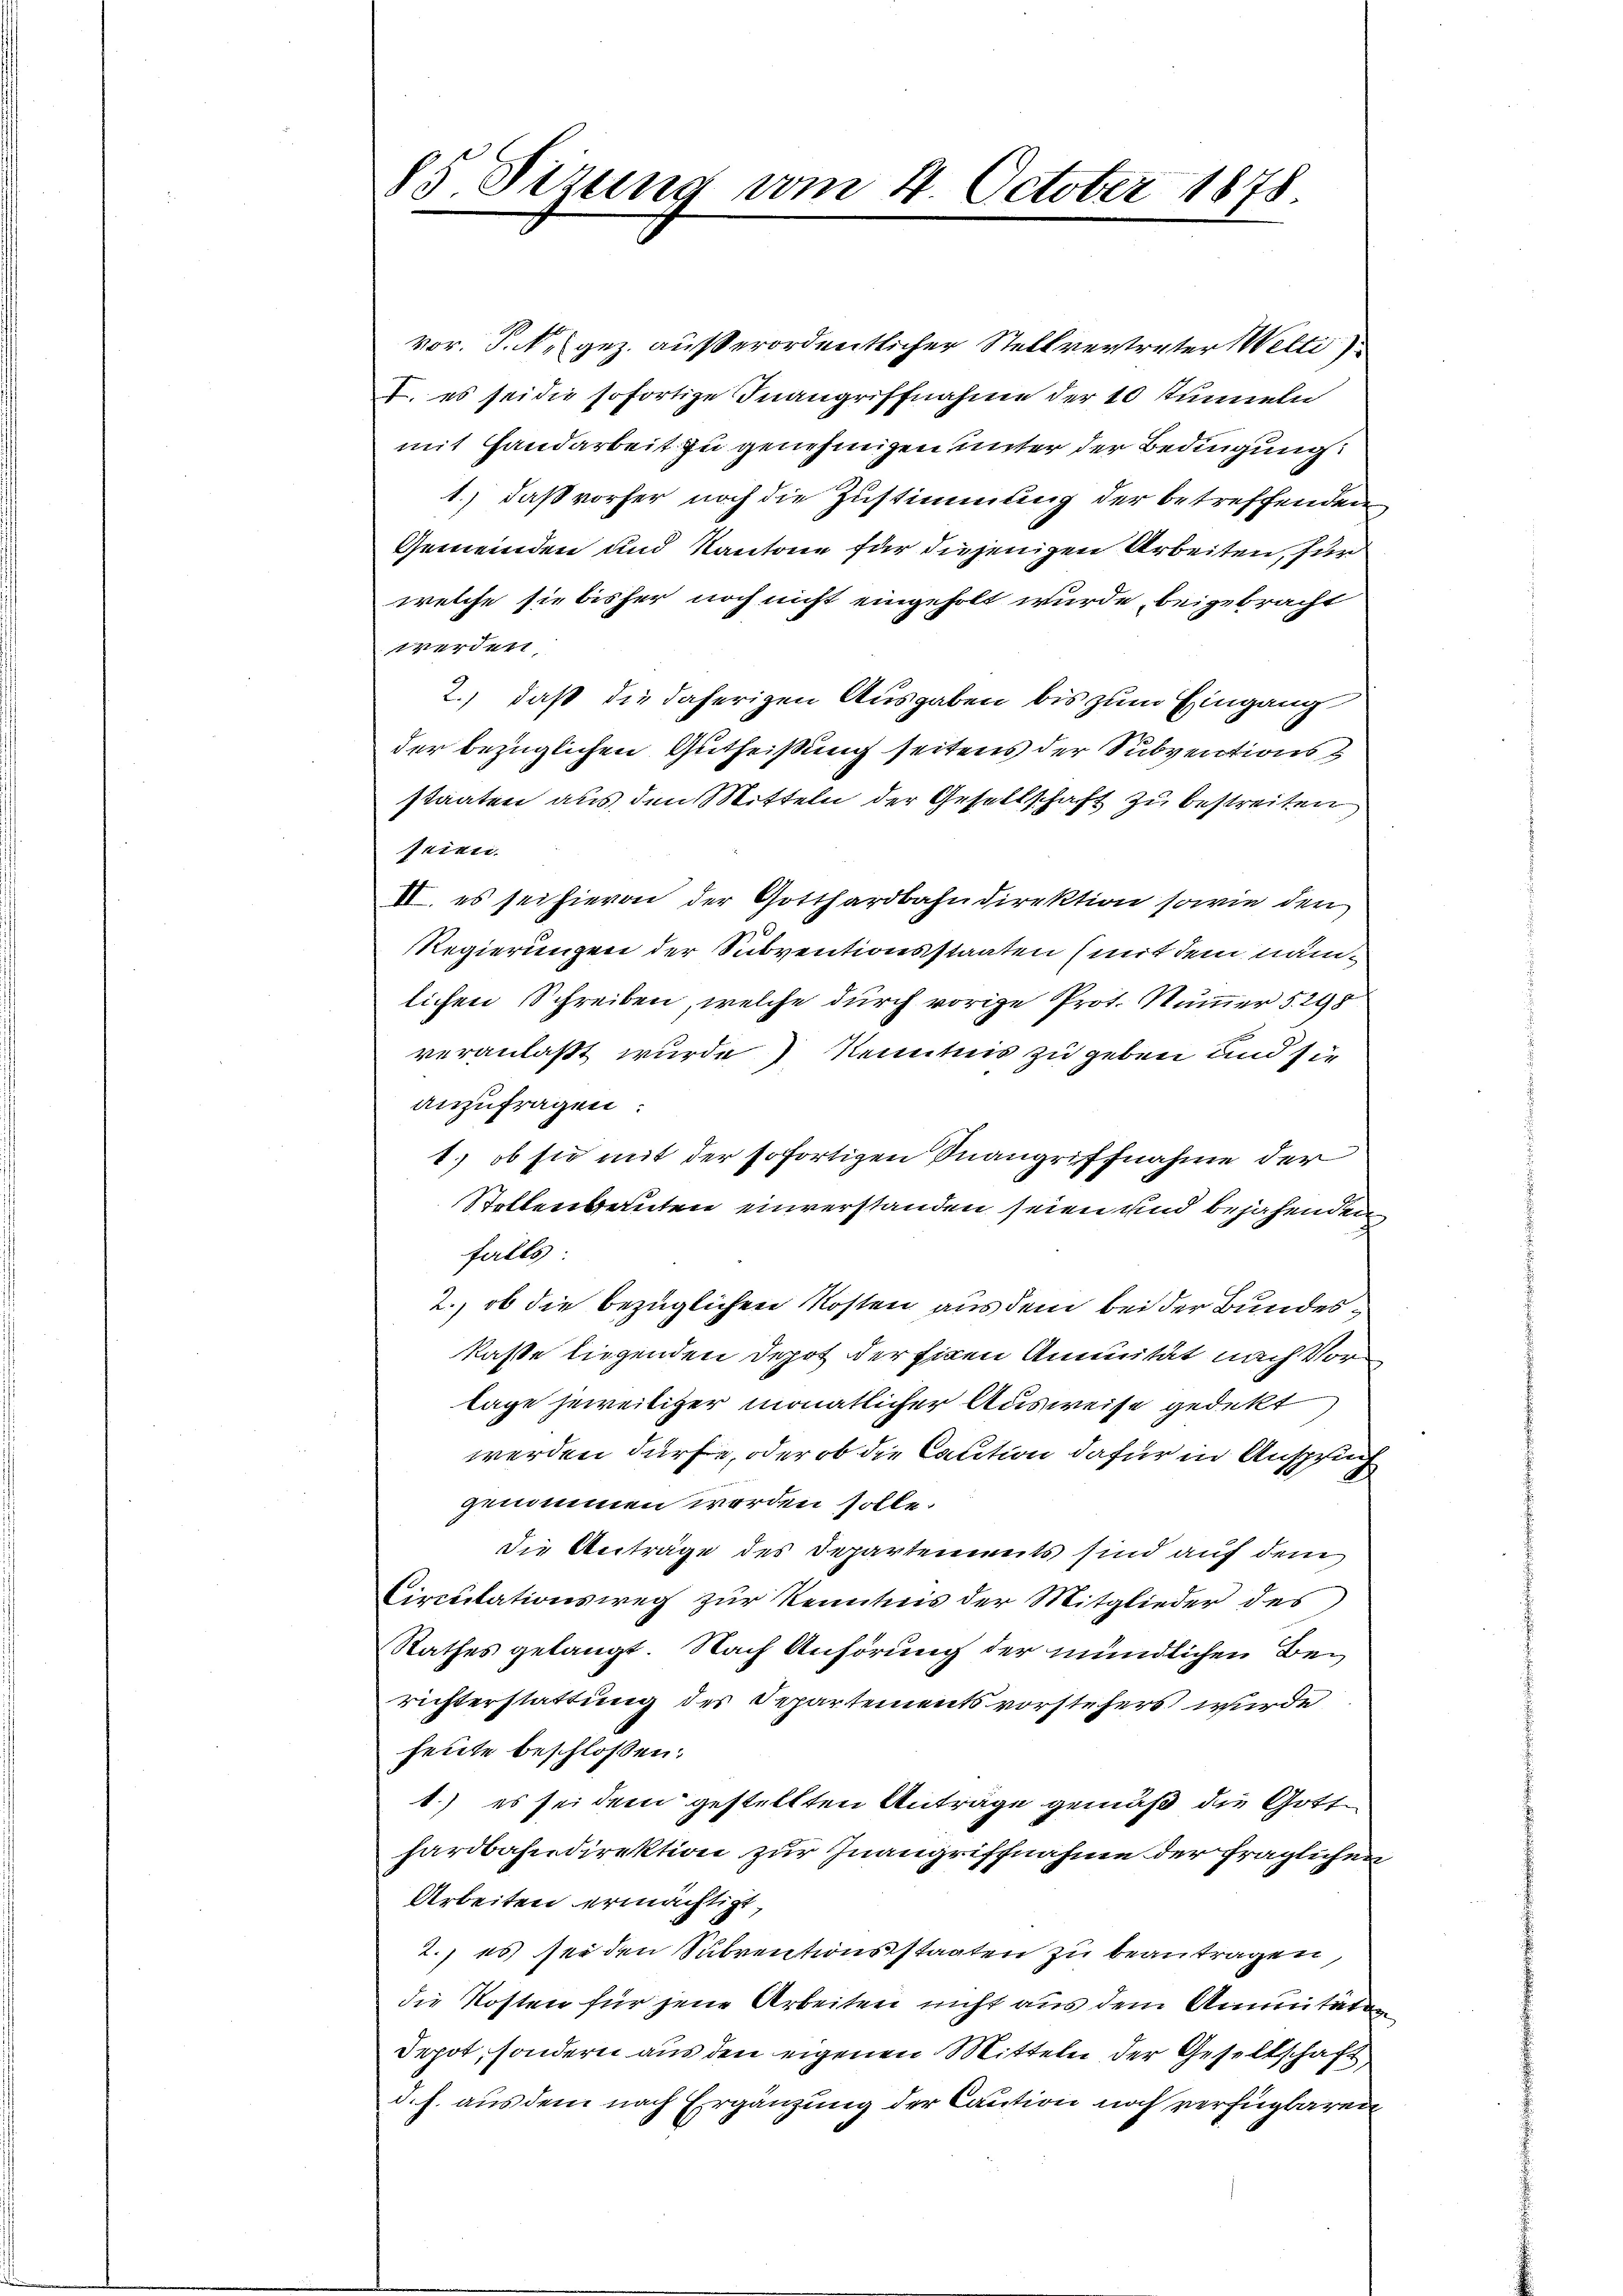
85 Sizung vom 4. October 1878

vor. P. N. gez. außerordentlicher Stellvertreter Welti
I. es sei die sofortige Inangriffnahme der 10 summeln
mit Handarbeit zu genehmigen unter der Bedingung:
1.) daß vorher noch die Zustimmung der betreffenden
Gemeinden und Kantone für diejenigen Arbeiten, für
welche sie bisher noch nicht eingeholt wurde, beigebracht
werdent
2.) daß die daherigen Ausgaben bis zum Eingang
der bezüglichen Gutheißung seitens der Subventionsstaaten aus den Mitteln der Gesellschaft zu bestreiten
seien.
II. es sei hievon der Gotthardbahndirektion sowie den
RRegierungen der Subventionsstaaten (mit dem nämlichen Schreiben, welche durch vorige Prot. Nummer §. 298
veranlaßt wurde) Kenntnis zu geben und sie
anzufragen:
1.) ob sie mit der sofortigen Inangriffnahme der
Stollenbauten einverstanden seien und bejahenden
falls
2., ob die bezüglichen Kosten aus dem bei der Bundeskaste liegenden Depot der Eigen Annität nach Vorlage jeweitiger monatlicher Ausweise gedekt
werden dürfe, oder ob die Caution dafür in Anspruch
genommen worden solle.
Die Anträge des Departements sind auf dem
Circulationsweg zur Kenntnis der Mitglieder des
Rathes gelangt. Nach Anhörung der mündlichen Berichterstattung des Departements vorstehers wurde
heute beschlossen:
1.) es sei dem gestellten Anträge gemäß die Gotthardbahndirektion zur Inangriffnahme der fraglichen
Arbeiten ermächtigt,
2. es sei den Subventionsstaaten zu beantragen,
die Kosten für jene Arbeiten nicht aus dem Annuitäten
depot, sondern aus den eigenen Mitteln der Gesellschaft,
d. h. aus dem nach Ergänzung der Caution noch verfügbaren